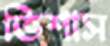
ভিশাস